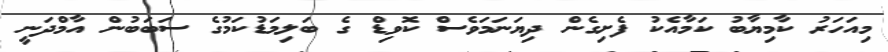
މިއަަހަރު ކާމިޔާބު ކަމާއެކު ފެށިގެން ދިޔަނަމަވެސް ކޮވިޑް ގެ ބަލިމަޑުކަމުގެ ސަބަބުން އާމްދަނީ